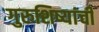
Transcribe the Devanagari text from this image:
गुरुशिष्यांची